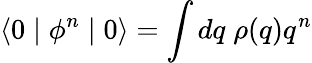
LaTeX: \langle 0\mid\phi^{n}\mid 0\rangle=\int dq\; \rho(q)q^{n}